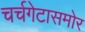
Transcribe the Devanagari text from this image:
चर्चगेटासमोर